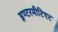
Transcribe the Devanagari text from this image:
इण्टरमीटिएट